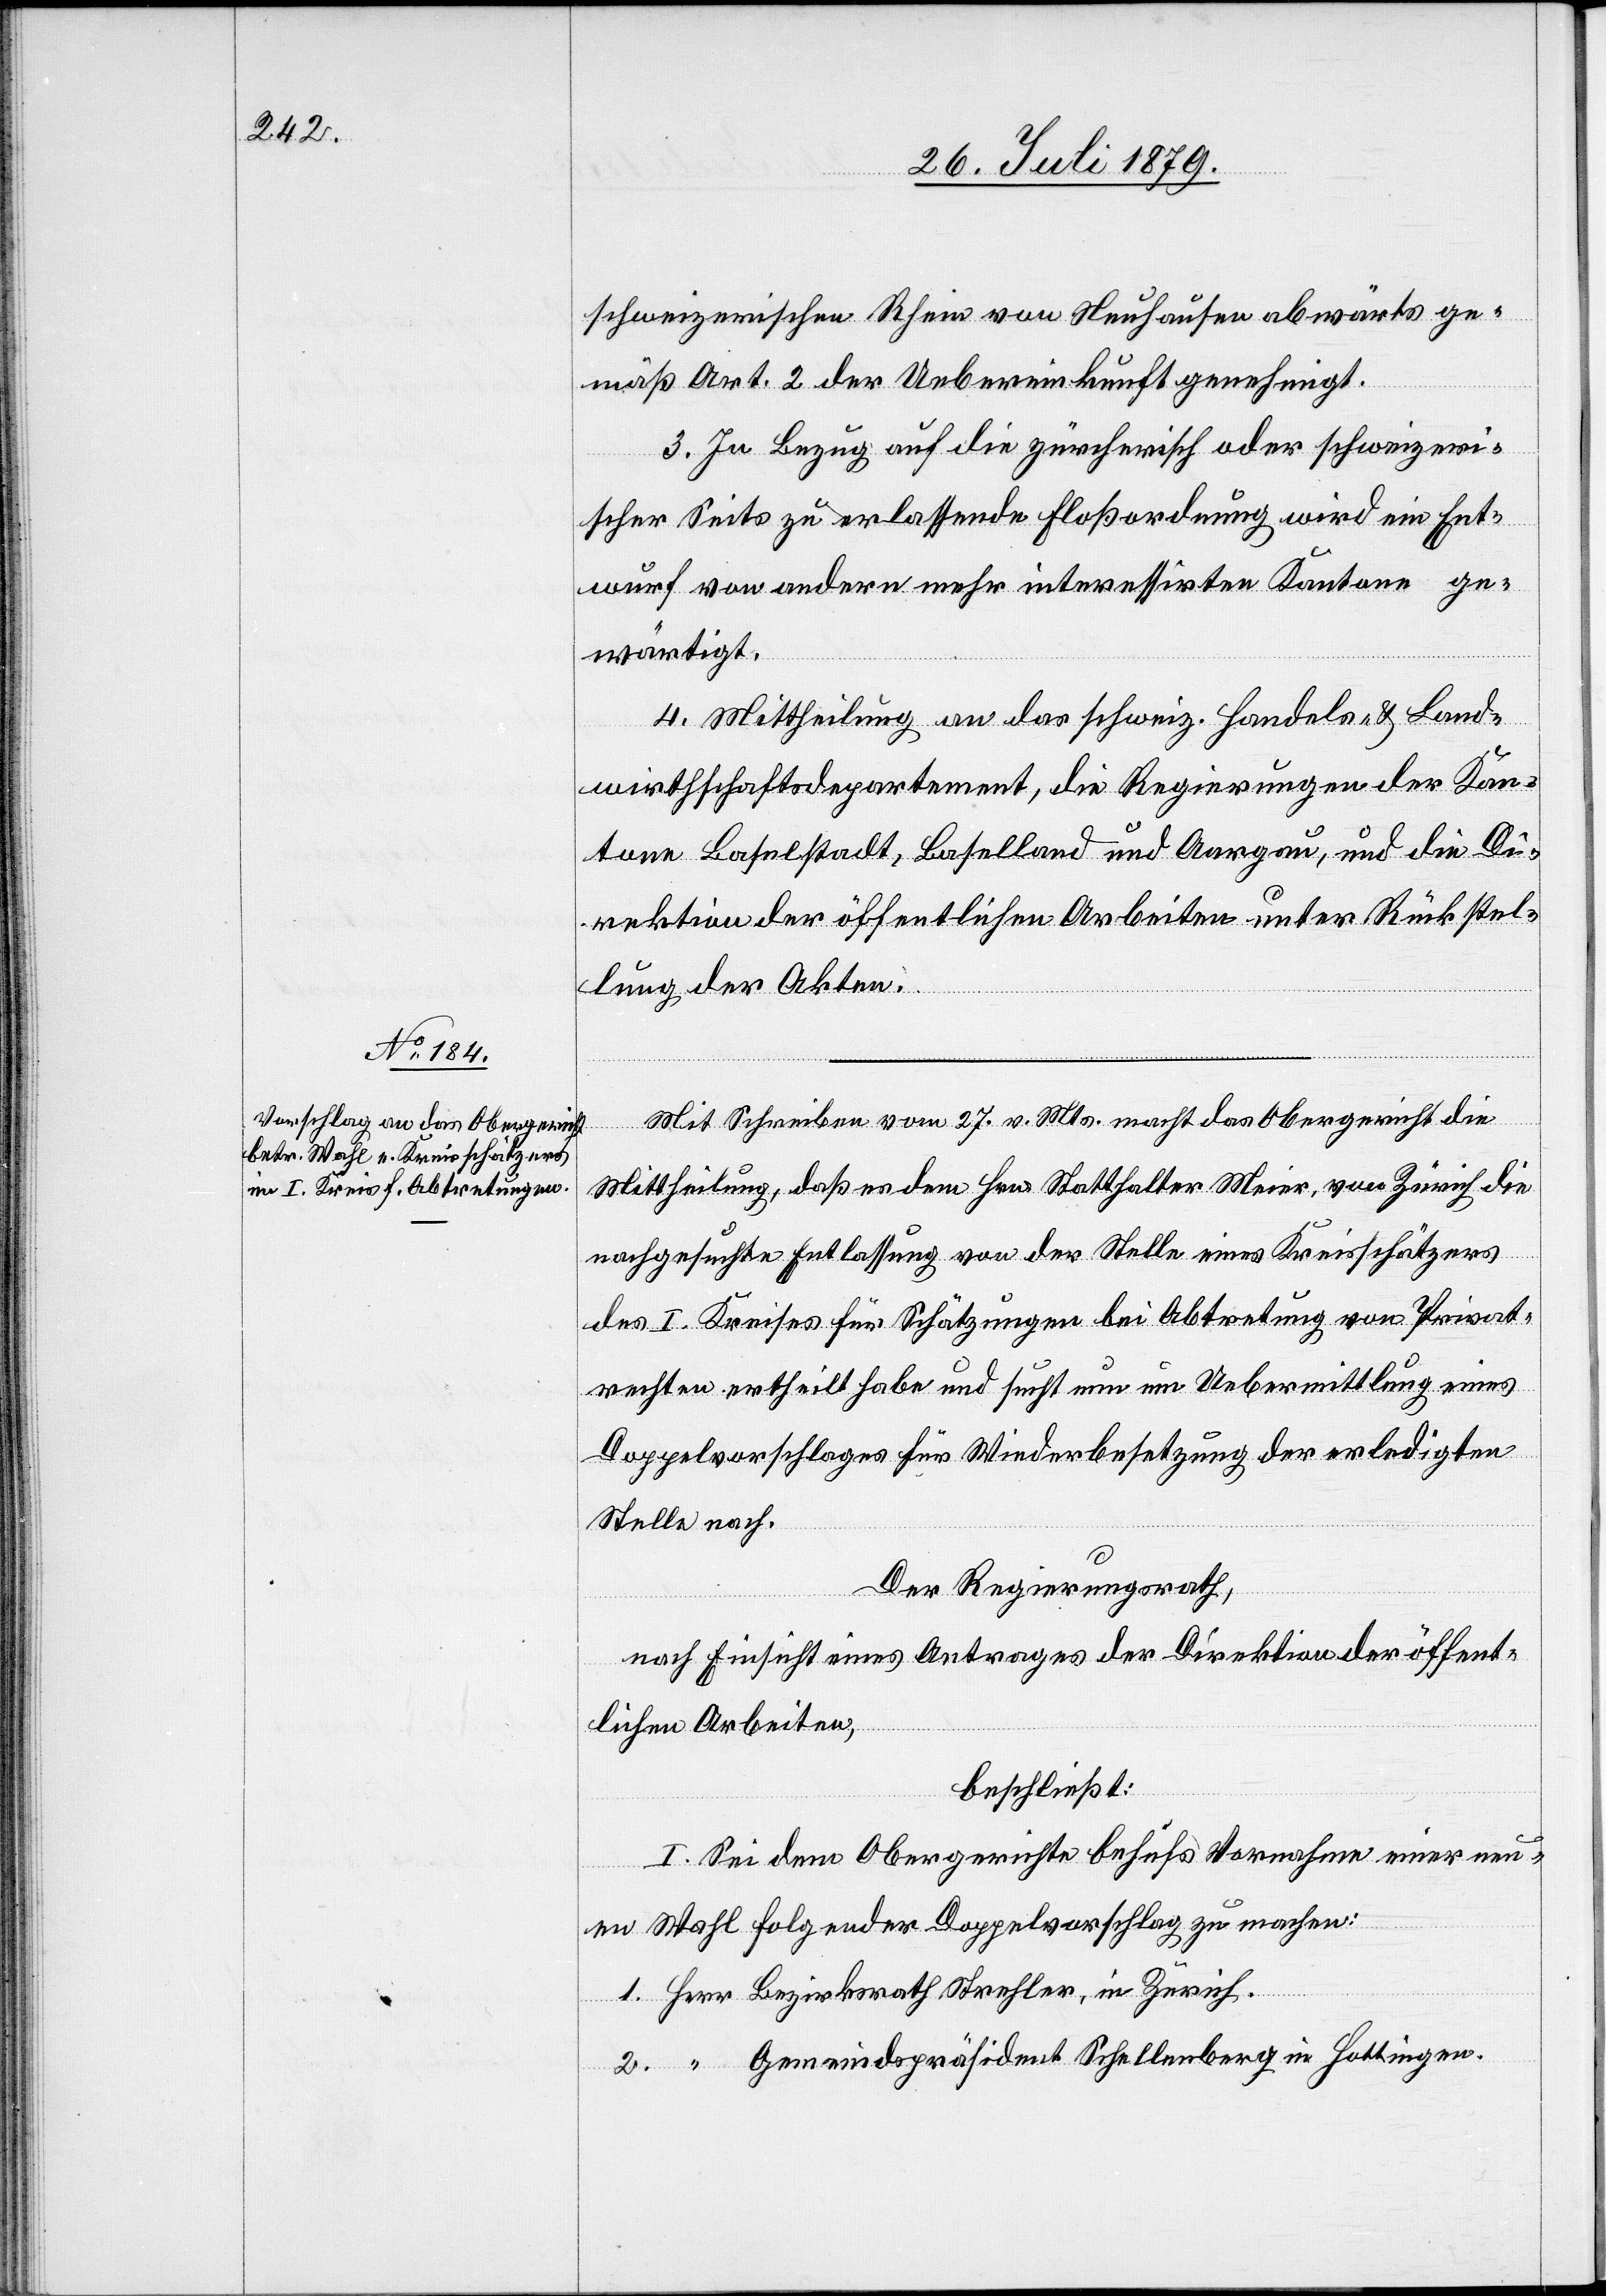
schweizerischen Rhein von Neuhausen abwärts ge¬
mäß Art. 2 der Uebereinkunft genehmigt.
3. In Bezug auf die zürcherisch oder schweizeri¬
scher Seits zu erlassende Floßordnung wird ein Ent¬
wurf von andern mehr interessirten Kantone[n] ge¬
wärtigt.
4. Mittheilung an das schweiz. Handels- & Land¬
wirthschaftsdepartement, die Regierungen der Kan¬
tone Baselstadt, Baselland und Aargau, und die Di¬
rektion der öffentlichen Arbeiten unter Rückstel¬
lung der Akten.
Mit Schreiben vom 27. v. Mts. macht das Obergericht die
Mittheilung, daß es dem Hrn. Statthalter Meier, von Zürich die
nachgesuchte Entlassung von der Stelle eines Kreisschätzers
des I. Kreises für Schätzungen bei Abtretung von Privat¬
rechten ertheilt habe und sucht nun um Uebermittlung eines
Doppelvorschlages für die Wiederbesetzung der erledigten
Stelle nach.
Der Regierungsrath,
nach Einsicht eines Antrages der Direktion der öffent¬
lichen Arbeiten,
beschließt:
I. Sei dem Obergerichte behufs Vornahme einer neu¬
en Wahl folgender Doppelvorschlag zu machen:
1. Herr Bezirksrath Streller, in Zürich.
2. “ Gemeindspräsident Schellenberg in Hottingen.